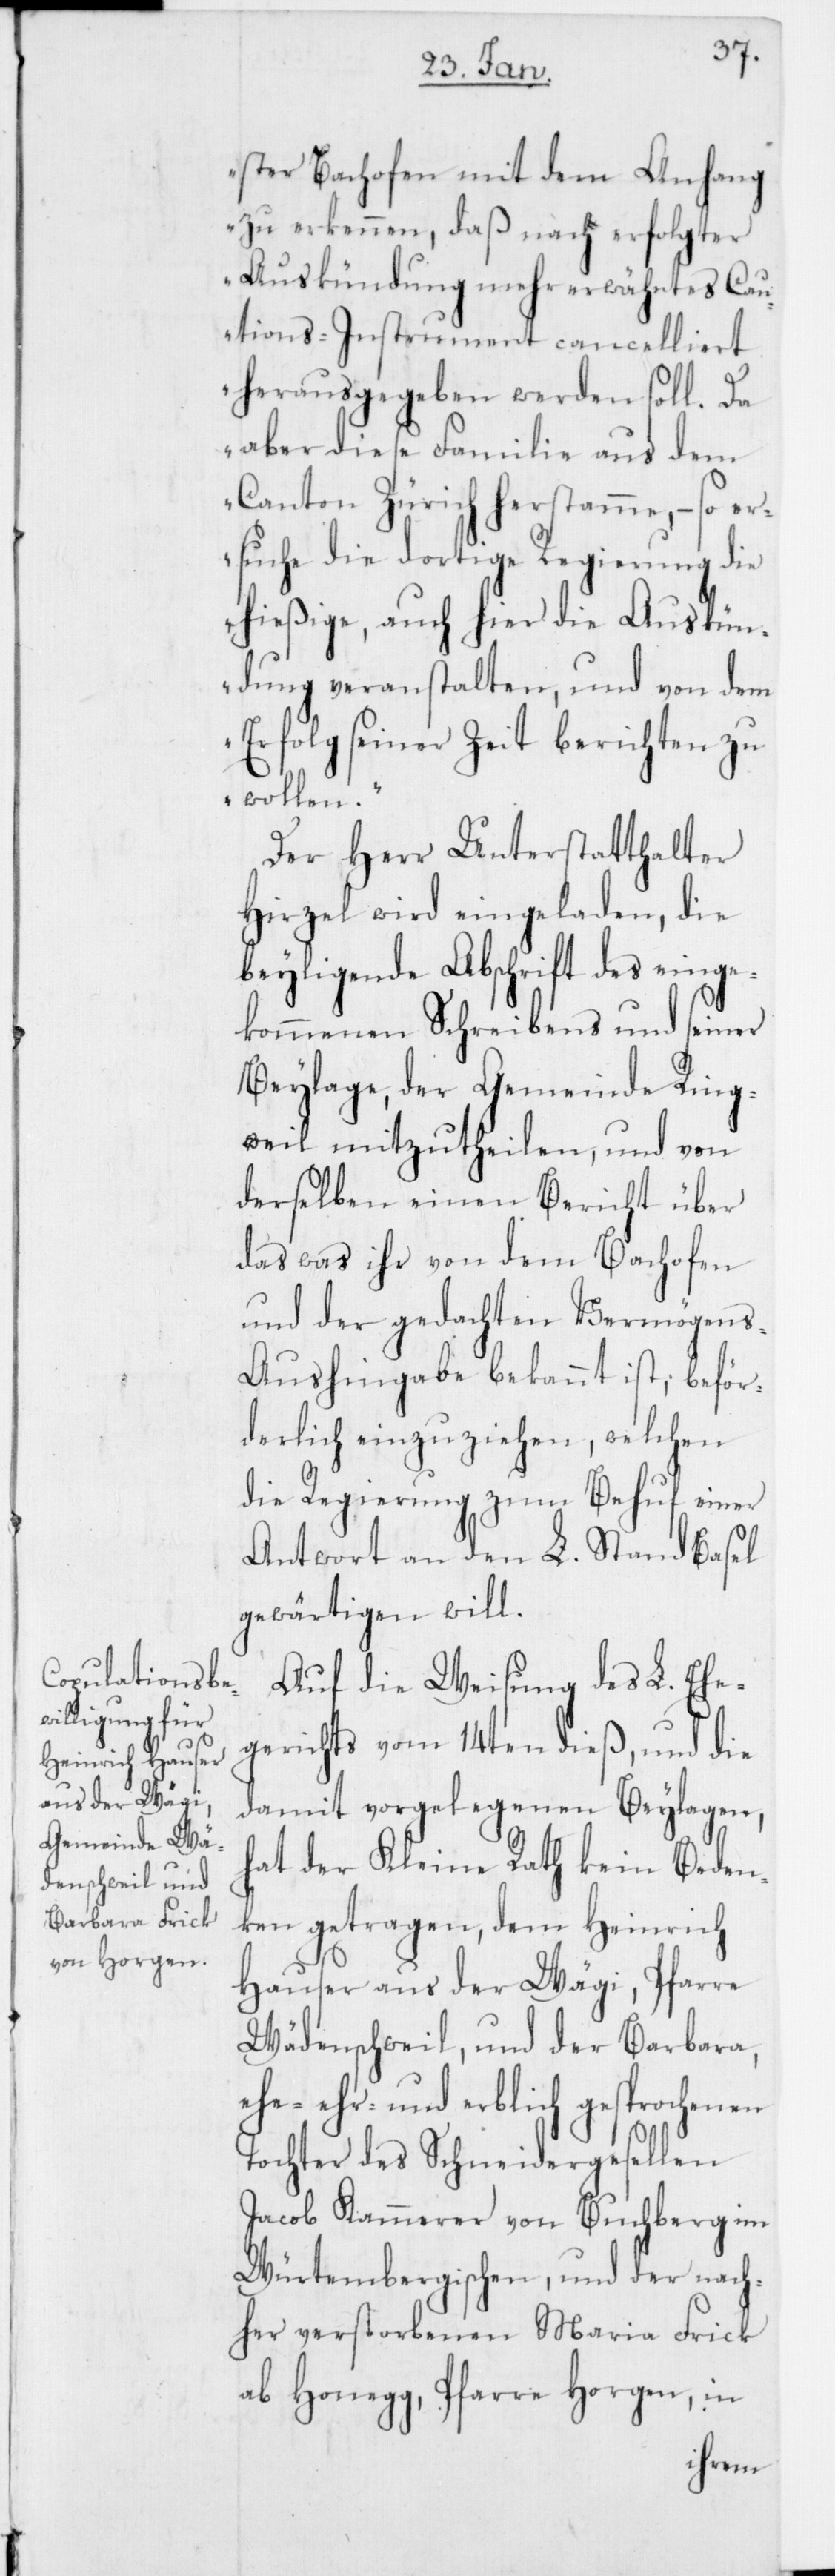
ster Bachofen mit dem Anhang
zu erkennen, daß nach erfolgter
Auskündung mehr erwähntes Cau¬
tions-Instrument cancelliert
herausgegeben werden soll. Da
aber diese Familie aus dem
Canton Zürich herstamme, – so er¬
suche die dortige Regierung die
hießige, auch hier die Auskün¬
dung veranstalten, und von dem
Erfolg seiner Zeit berichten zu
wollen.“
Der Herr Unterstatthalter
Hirzel wird eingeladen, die
beyligende Abschrift des einge¬
kommenen Schreibens und seiner
Beylage, der Gemeinde Ring¬
weil mitzutheilen, und von
derselben einen Bericht über
das was ihr von dem Bachofen
und der gedachten Vermögen¬
s-Aushingabe bekannt ist; beför¬
derlich einzuziehen, welchen
die Regierung zum Behuf einer
Antwort an den L. Stand Basel
gewärtigen will.
Auf die Weisung des L. Ehe¬
gerichts vom 14ten dieß, und die
damit vorgelegenen Beylagen,
hat der Kleine Rath kein Beden¬
ken getragen, dem Heinrich
Hauser aus der Wägi, Pfarre
Wädenschweil, und der Barbara,
ehe- ehr- und erblich gesprochenen
Tochter des Schneidergesellen
Jacob Kammerer von Buchberg im
Würtembergischen, und der nach¬
her verstorbenen Maria Frick
ab Honegg, Pfarre Horgen, in